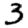
Digit: 3